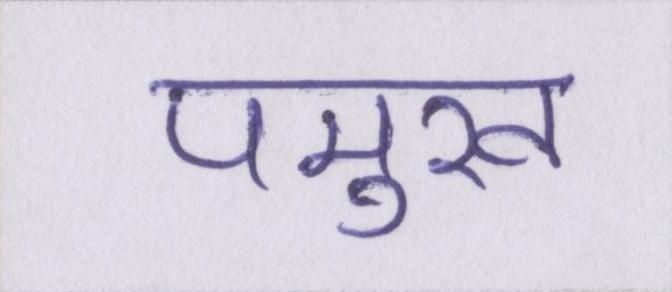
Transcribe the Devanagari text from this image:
पमुख